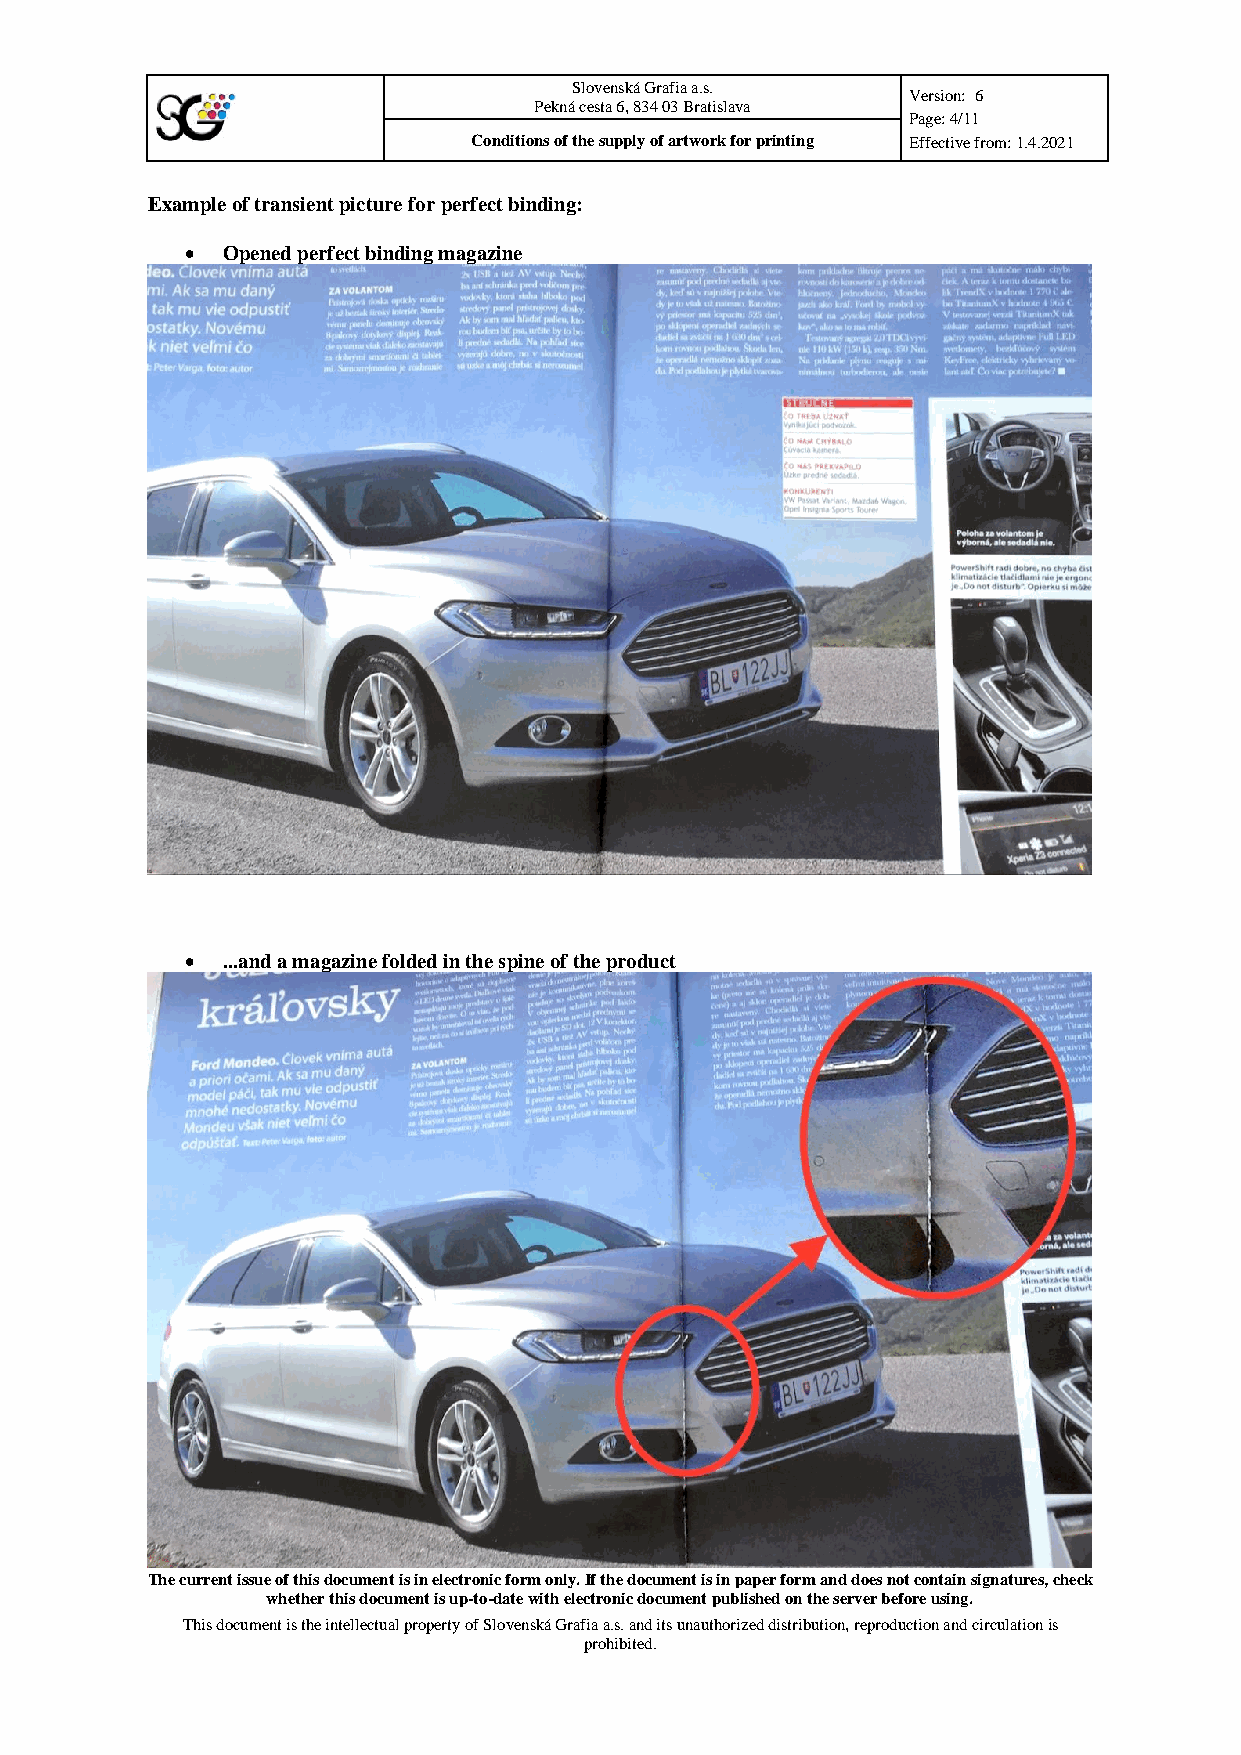
Slovenská Grafia a.s.
 Version: 6
 Pekná cesta 6, 834 03 Bratislava
 Page: 4/11
 Conditions of the supply of artwork for printing Effective from: 1.4.2021
 Example of transient picture for perfect binding:
 •  Opened perfect binding magazine
 •  ...and a magazine folded in the spine of the product
 The current issue of this document is in electronic form only. If the document is in paper form and does not contain signatures, check
 whether this document is up-to-date with electronic document published on the server before using.
 This document is the intellectual property of Slovenská Grafia a.s. and its unauthorized distribution, reproduction and circulation is
 prohibited.